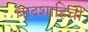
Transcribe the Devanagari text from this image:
बादशाहिची